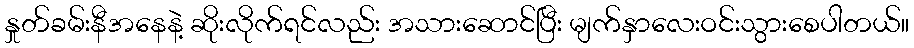
နှုတ်ခမ်းနီအနေနဲ့ ဆိုးလိုက်ရင်လည်း အသားဆောင်ပြီး မျက်နှာလေးဝင်းသွားစေပါတယ်။